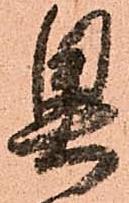
奥